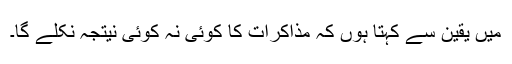
میں یقین سے کہتا ہوں کہ مذاکرات کا کوئی نہ کوئی نیتجہ نکلے گا۔